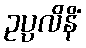
ဥပ္ပလိနိံ